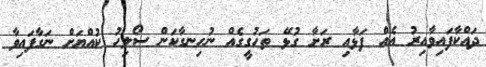
ދައްކާފައިވާއިރު އެއް ފަޅާއި ރަށާ ގުޅޭ ތަހުގީގެއް ނުހިނގާކަން ސޯލިހު ކުއްޔަށް ނަގާފައިވާ